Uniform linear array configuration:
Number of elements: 8
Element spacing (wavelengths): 0.25
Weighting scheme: kaiser
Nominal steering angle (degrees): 15
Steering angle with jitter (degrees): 15.064
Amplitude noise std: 0.05
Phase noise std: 0.05

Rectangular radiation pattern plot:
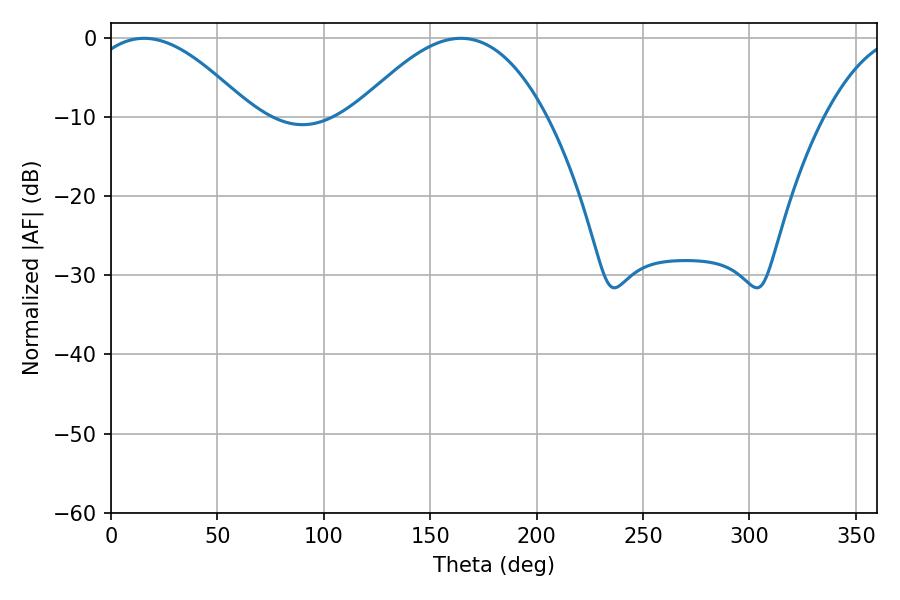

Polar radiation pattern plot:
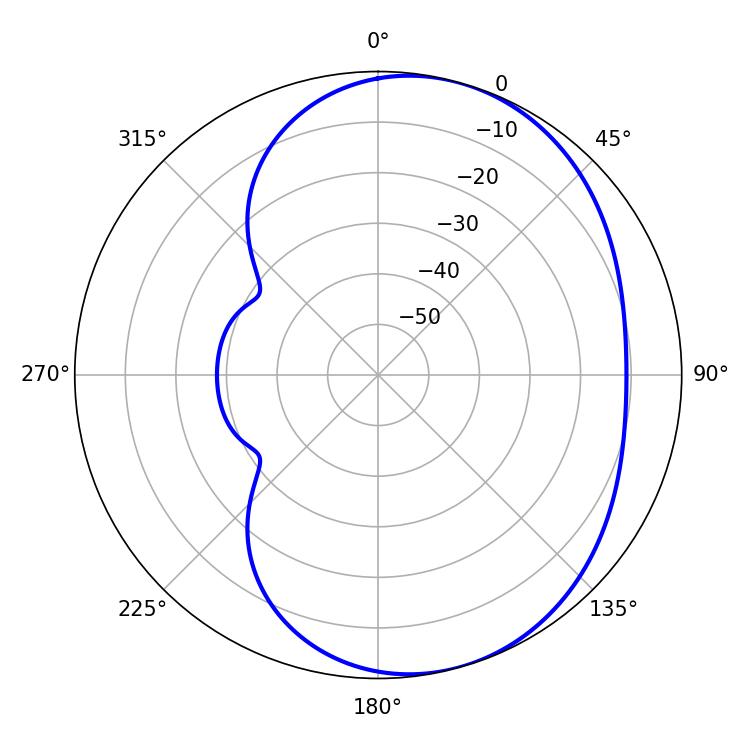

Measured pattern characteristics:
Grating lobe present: FALSE
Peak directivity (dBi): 5.143
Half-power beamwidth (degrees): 41.76
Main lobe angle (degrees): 15.48